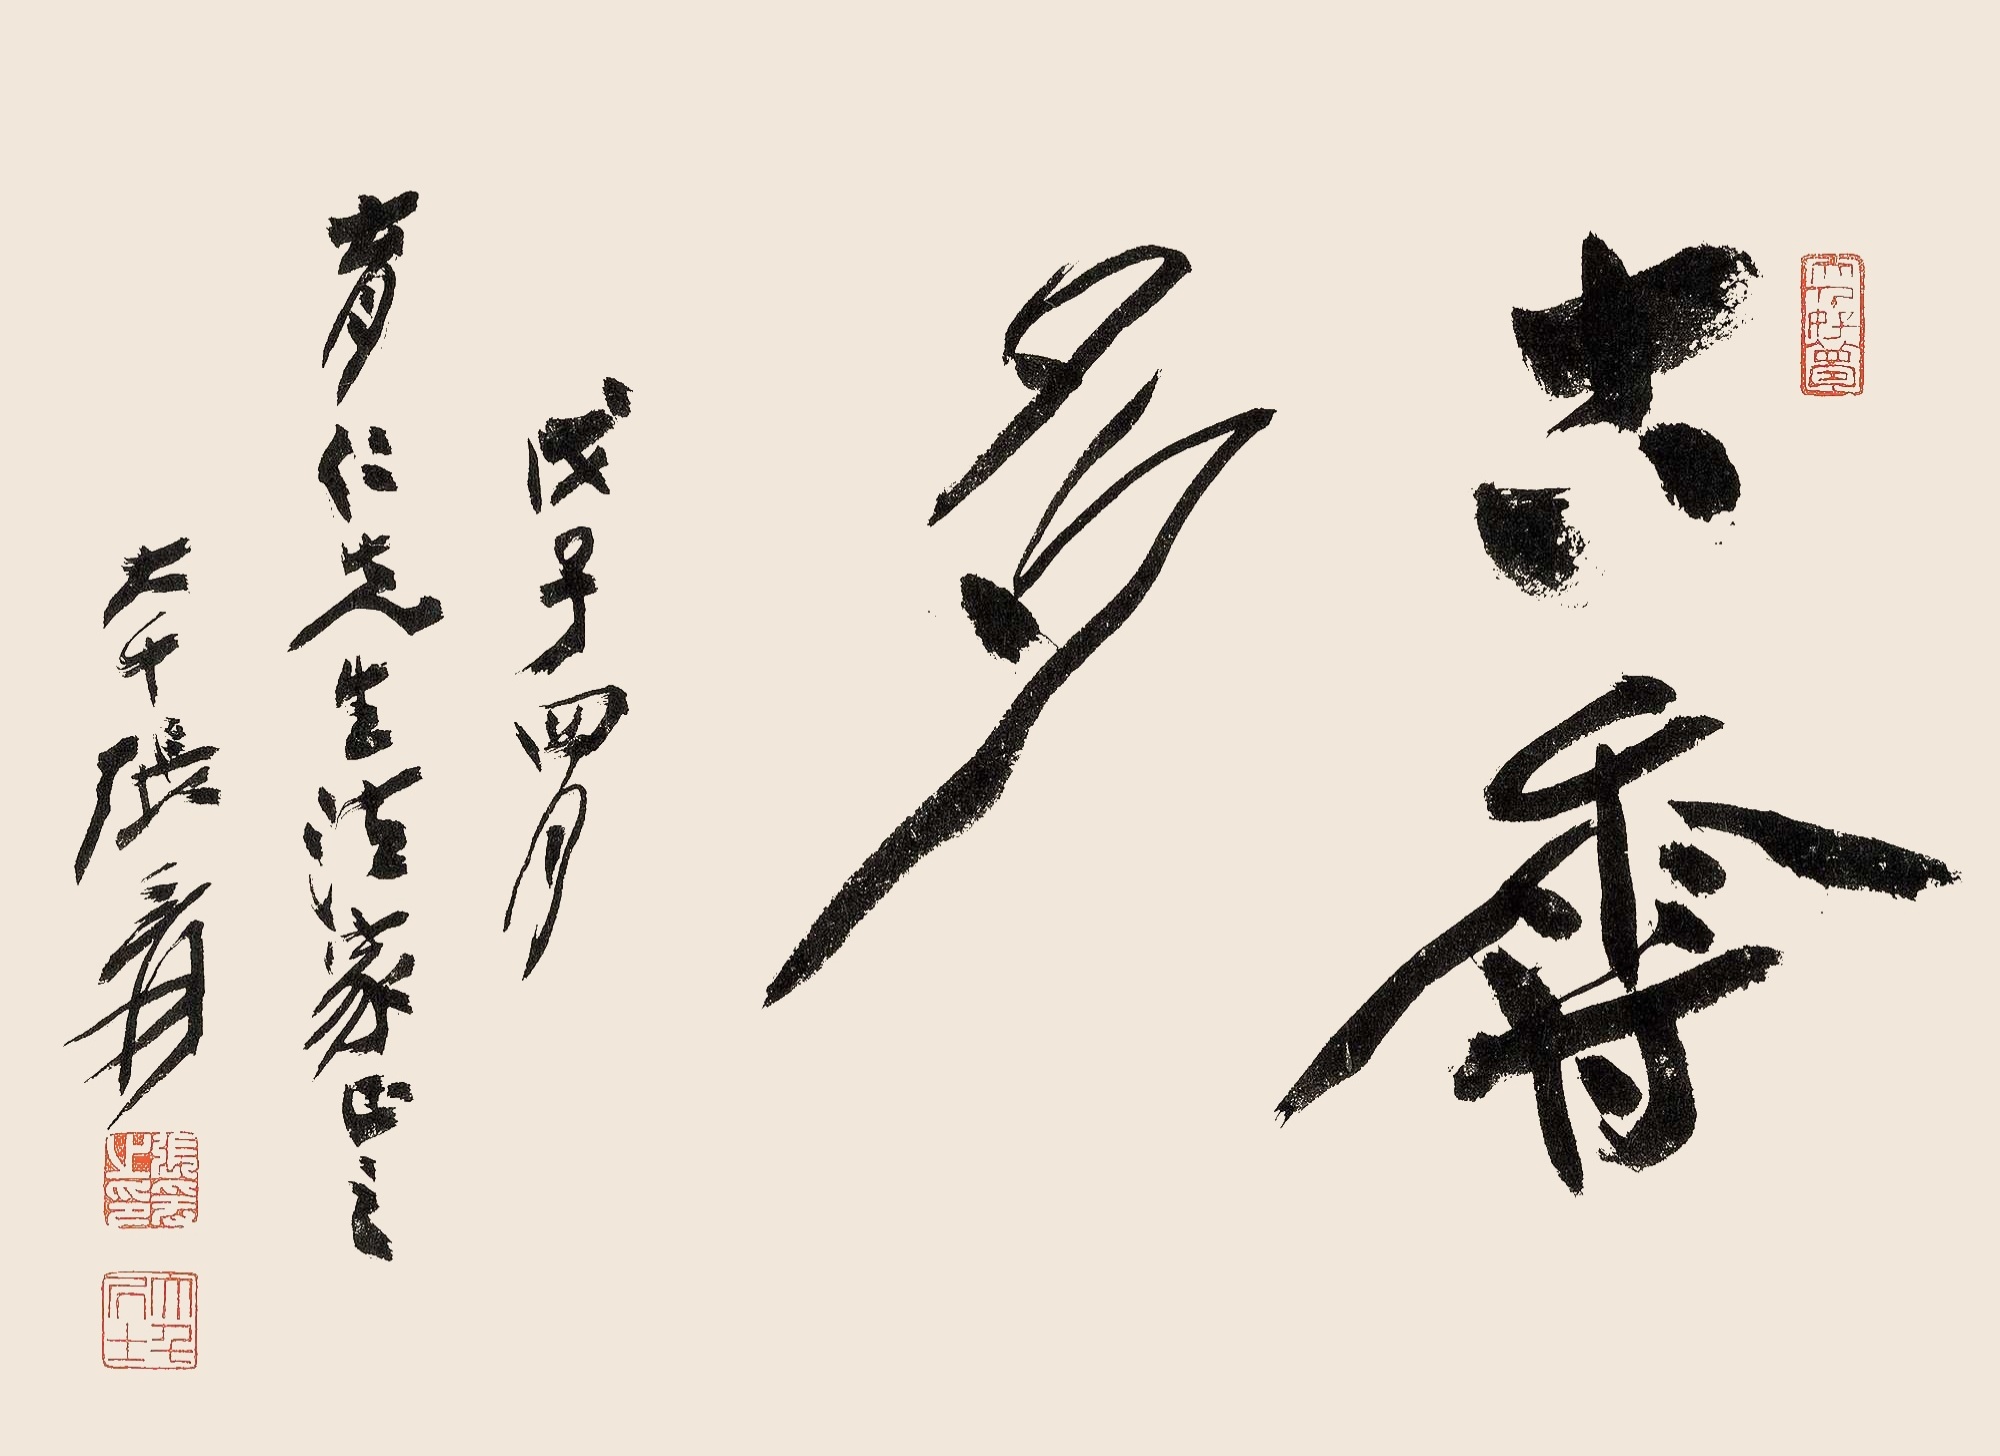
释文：古香多。戊子四月，育仁先生法家正之，大千张爰。